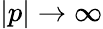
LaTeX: |p|\to\infty